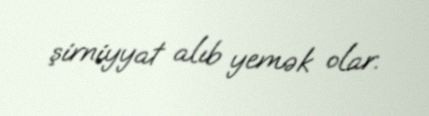
şirniyyat alıb yemək olar.